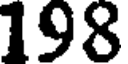
198